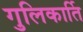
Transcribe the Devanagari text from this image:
गुलिकार्ति